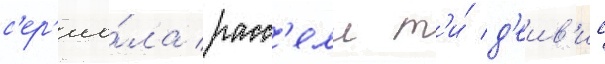
с'ер'иа́ла расс'елл т'и́ д'еив'ис